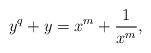
LaTeX: \begin{align*} y^q+y=x^m+\frac{1}{x^m},\end{align*}